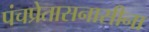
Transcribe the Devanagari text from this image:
पंचप्रेतासनासीना